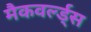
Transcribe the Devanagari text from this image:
मैकवर्ल्ड्स